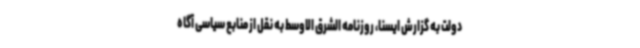
دولت به گزارش ایسنا، روزنامه الشرق الاوسط به نقل از منابع سیاسی آگاه